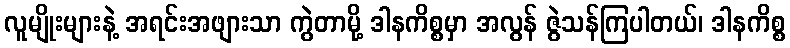
လူမျိုးများနဲ့ အရင်းအဖျားသာ ကွဲတာမို့ ဒါနကိစ္စမှာ အလွန် ဇွဲသန်ကြပါတယ်၊ ဒါနကိစ္စ